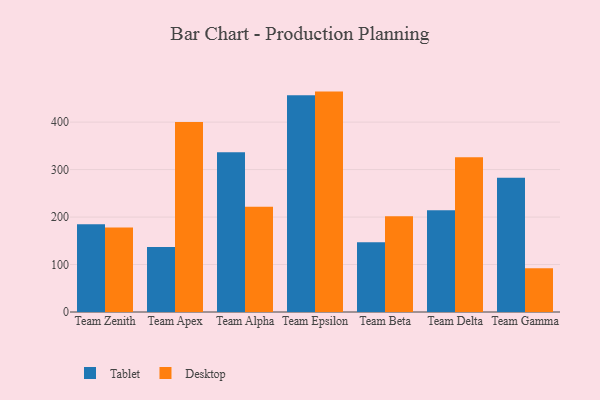
{"axis": {"x": "Team", "y": "Bounce Rate (%)"}, "legend": ["Desktop", "Tablet"], "data": [{"x": "Team Zenith", "y": 184.7, "type": "Tablet"}, {"x": "Team Zenith", "y": 178.2, "type": "Desktop"}, {"x": "Team Apex", "y": 137.1, "type": "Tablet"}, {"x": "Team Apex", "y": 400.1, "type": "Desktop"}, {"x": "Team Alpha", "y": 336.4, "type": "Tablet"}, {"x": "Team Alpha", "y": 221.6, "type": "Desktop"}, {"x": "Team Epsilon", "y": 456.8, "type": "Tablet"}, {"x": "Team Epsilon", "y": 464.3, "type": "Desktop"}, {"x": "Team Beta", "y": 147.2, "type": "Tablet"}, {"x": "Team Beta", "y": 201.7, "type": "Desktop"}, {"x": "Team Delta", "y": 214.4, "type": "Tablet"}, {"x": "Team Delta", "y": 326.1, "type": "Desktop"}, {"x": "Team Gamma", "y": 283.0, "type": "Tablet"}, {"x": "Team Gamma", "y": 92.2, "type": "Desktop"}]}